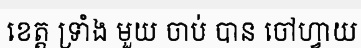
ខេត្ត ទ្រាំង មួយ ចាប់ បាន ចៅហ្វាយ